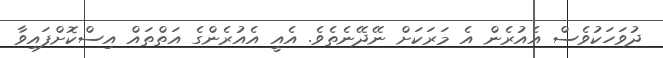
ދުވަހަކުވެސް އެއުރެން އެ މަރަކަށް ނޭދޭނެތެވެ. އެއީ އެއުރެންގެ އަތްތައް އިސްކޮށްފައިވާ